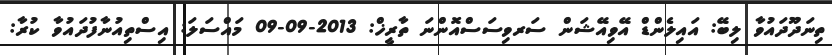
ތިނަދޫދައުވާ ލިބޭ: އައިލެންޑް އޭވިއޭޝަން ސަރވިސަސްއޮންނަ ތާރީޚް: 2013-09-09 މައްސަލަ: އިސްތިއުނާފުދައުވާ ކުރާ: